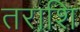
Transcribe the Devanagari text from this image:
तराशि